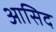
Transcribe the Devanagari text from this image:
आसिद